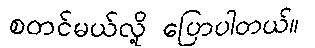
စတင်မယ်လို့ ပြောပါတယ်။